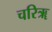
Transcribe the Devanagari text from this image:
चरिॠ